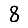
Digit: 8